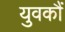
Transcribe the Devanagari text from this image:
युवकौं